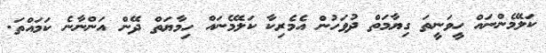
ކަލޭމެންނައް ހީވަނީތަ ގިޔާމަތް ދުވަހުން އެމެރިކާ ކަލޭމެނައް ހިމާޔަތް ދޭން އަންނާނެ ކަމައްތަ.